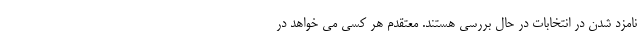
نامزد شدن در انتخابات در حال بررسی هستند. معتقدم هر کسی می خواهد در